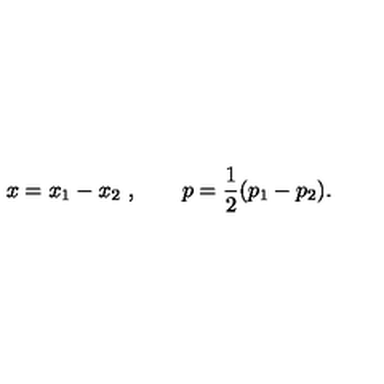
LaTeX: x = x _ { 1 } - x _ { 2 } \ , \qquad p = { \frac { 1 } { 2 } } ( p _ { 1 } - p _ { 2 } ) .